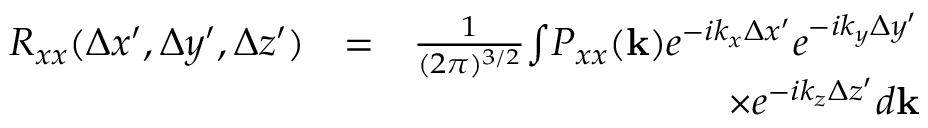
\begin{array} { r l r } { R _ { x x } ( \Delta x ^ { \prime } , \Delta y ^ { \prime } , \Delta z ^ { \prime } ) } & { = } & { \frac { 1 } { ( 2 \pi ) ^ { 3 / 2 } } { \int } P _ { x x } ( \mathbf { k } ) e ^ { - i k _ { x } \Delta x ^ { \prime } } e ^ { - i k _ { y } \Delta y ^ { \prime } } } \\ & { } & { \times e ^ { - i k _ { z } \Delta z ^ { \prime } } d \mathbf { k } } \end{array}